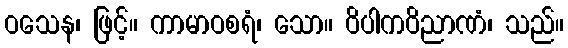
ဝသေန၊ ဖြင့်။ ကာမာဝစရံ၊ သော။ ဝိပါကဝိညာဏံ၊ သည်။